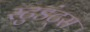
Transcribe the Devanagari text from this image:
स्टुडंट्‌स